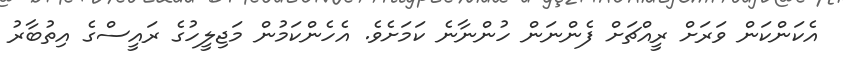
އެކަންކަން ވަރަށް ރީއްޗަށް ފެންނަން ހުންނާނެ ކަމަށެވެ. އެހެންކަމުން މަޖިލީހުގެ ރައީސްގެ އިތުބާރު